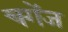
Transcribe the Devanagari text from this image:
चगेंज